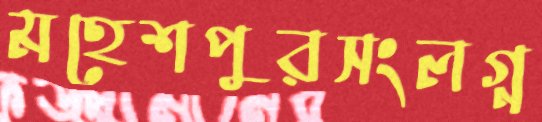
মহেশপুরসংলগ্ন